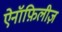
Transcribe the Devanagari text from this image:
ऐनॉफ़िलीज़